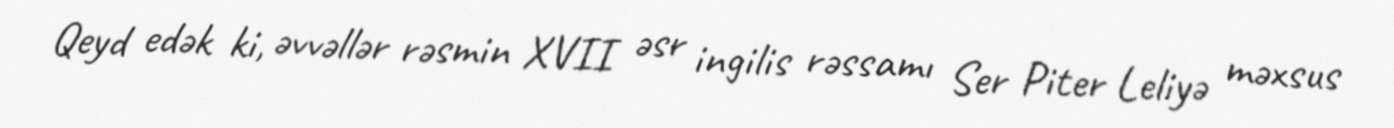
Qeyd edək ki, əvvəllər rəsmin XVII əsr ingilis rəssamı Ser Piter Leliyə məxsus